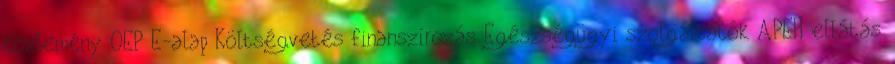
közlemény OEP E-alap Költségvetés finanszírozás Egészségügyi szolgáltatók APEH ellátás